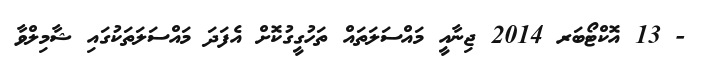
- 13 އޮކްޓޯބަރ 2014 ޖިނާއީ މައްސަލަތައް ތަހުގީގުކޮށް އެފަދަ މައްސަލަތަކުގައި ޝާމިލްވާ